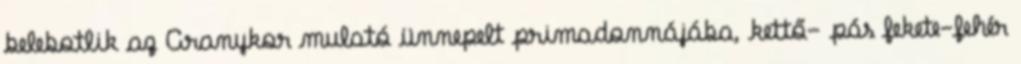
belebotlik az Aranykor mulató ünnepelt primadonnájába, kettő- pás fekete-fehér